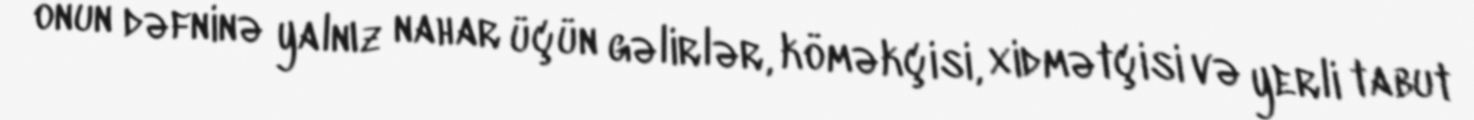
onun dəfninə yalnız nahar üçün gəlirlər, köməkçisi, xidmətçisi və yerli tabut